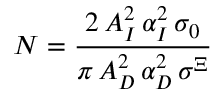
N = \frac { 2 \, A _ { I } ^ { 2 } \, \alpha _ { I } ^ { 2 } \, \sigma _ { 0 } } { \pi \, A _ { D } ^ { 2 } \, \alpha _ { D } ^ { 2 } \, \sigma ^ { \Xi } }